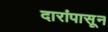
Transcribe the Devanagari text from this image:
दारांपासून